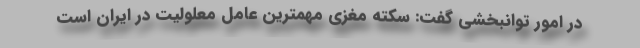
در امور توانبخشی گفت: سکته مغزی مهمترین عامل معلولیت در ایران است